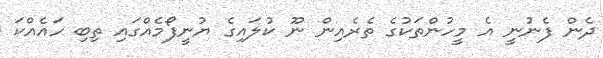
ދެން ފެނުނީ އެ މީހުންތަކުގެ ތެރެއިން ނޫ ކުލައިގެ ޔުނީފޯމެއްގައި ތިބި ހައެއްކަ